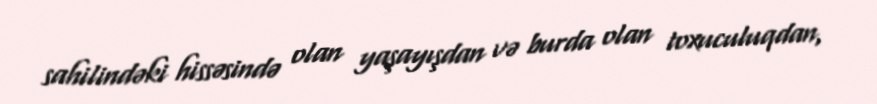
sahilindəki hissəsində olan yaşayışdan və burda olan toxuculuqdan,